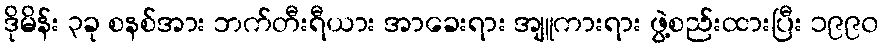
ဒိုမိန်း ၃ခု စနစ်အား ဘက်တီးရီယား အာခေးရား အျူကားရား ဖွဲ့စည်းထားပြီး ၁၉၉၀